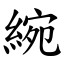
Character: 綩